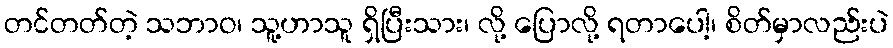
တင်တတ်တဲ့ သဘာဝ၊ သူ့ဟာသူ ရှိပြီးသား၊ လို့ ပြောလို့ ရတာပေါ့၊ စိတ်မှာလည်းပဲ